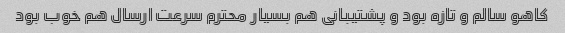
کاهو سالم و تازه بود و پشتیبانی هم بسیار محترم سرعت ارسال هم خوب بود